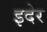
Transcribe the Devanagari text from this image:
इदेर